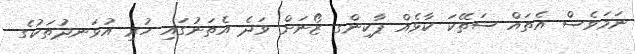
ނަމަވެސް އެތައް ސަތޭކަ ކާޅެއް ޕާކިންގ ޒޯނަށް ވަދެ އެތަނުގައި ހުރި އުޅަނދުތަކުގެ